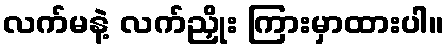
လက်မနဲ့ လက်ညှိုး ကြားမှာထားပါ။